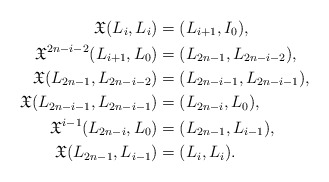
\begin{align*}\mathfrak{X}(L_i, L_i)&=(L_{i+1}, I_0),\\\mathfrak{X}^{2n-i-2}(L_{i+1}, L_0)&=(L_{2n-1}, L_{2n-i-2}),\\\mathfrak{X}(L_{2n-1}, L_{2n-i-2})&=(L_{2n-i-1}, L_{2n-i-1}),\\\mathfrak{X}(L_{2n-i-1}, L_{2n-i-1})&=(L_{2n-i}, L_{0}),\\\mathfrak{X}^{i-1}(L_{2n-i}, L_{0})&=(L_{2n-1}, L_{i-1}),\\\mathfrak{X}(L_{2n-1}, L_{i-1})&=(L_{i}, L_{i}).\end{align*}